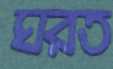
ঘরত